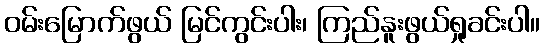
ဝမ်းမြောက်ဖွယ် မြင်ကွင်းပါး၊ ကြည်နူးဖွယ်ရှုခင်းပါ။